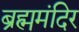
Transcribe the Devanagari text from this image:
ब्रह्ममंदिर